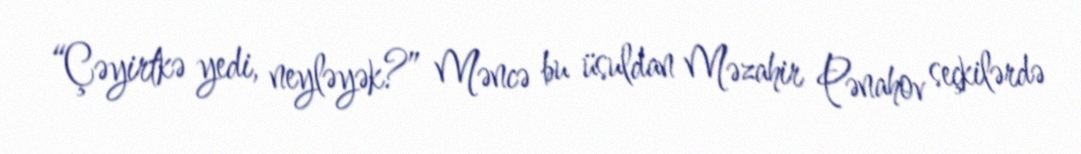
“Çəyirtkə yedi, neyləyək?” Məncə bu üsuldan Məzahir Pənahov seçkilərdə